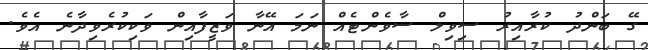
ގޭ ބަންދު ކުރާއިރު ސިވިލް ސާވެންޓެއް ނަމަ އޭނާ ވަޒީފާއިން ވަކިކުރެވިދާނެ އެވެ.